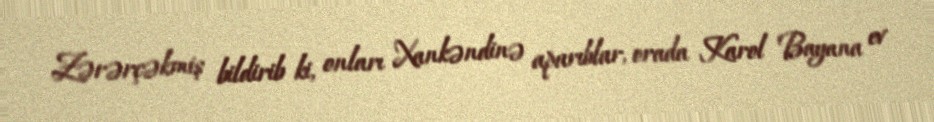
Zərərçəkmiş bildirib ki, onları Xankəndinə aparıblar, orada Karol Bayana ev